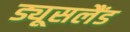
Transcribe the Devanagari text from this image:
ड्यूसलैंड